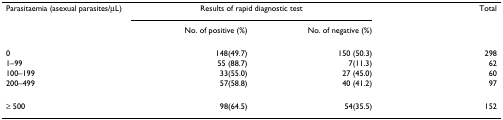
| Parasitaemia (asexual parasites/μL) | <COLSPAN=2> Results of rapid diagnostic test | Total |
 |  | No. of positive (%) | No. of negative (%) |  |
 | --- | --- | --- | --- |
 | 0 | 148(49.7) | 150 (50.3) | 298 |
 | 1–99 | 55 (88.7) | 7(11.3) | 62 |
 | 100–199 | 33(55.0) | 27 (45.0) | 60 |
 | 200–499 | 57(58.8) | 40 (41.2) | 97 |
 | ≥ 500 | 98(64.5) | 54(35.5) | 152 |